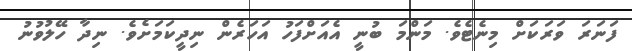
ފަނަރަ ވަރަކަށް މިނެޓެވެ. މަންމަ ބުނީ އެއަށްފަހު އަހަރެން ނިދީކަމަށެވެ. ނިދާ ހޭލުވުނު